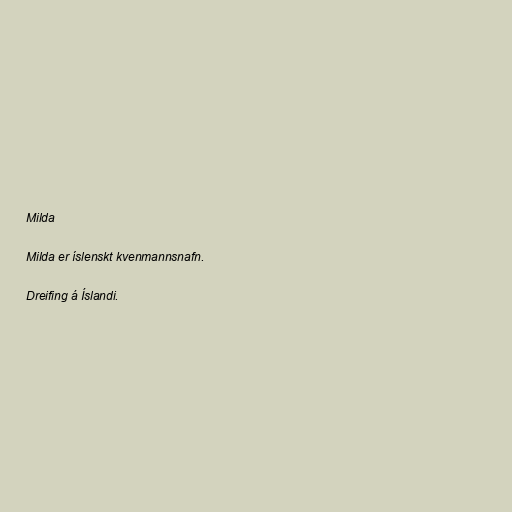
Milda

Milda er íslenskt kvenmannsnafn.

Dreifing á Íslandi.